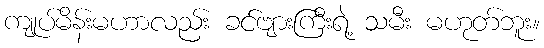
ကျုပ်မိန်းမဟာလည်း ခင်ဗျားကြီးရဲ့ သမီး မဟုတ်ဘူး။